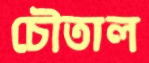
চৌতাল